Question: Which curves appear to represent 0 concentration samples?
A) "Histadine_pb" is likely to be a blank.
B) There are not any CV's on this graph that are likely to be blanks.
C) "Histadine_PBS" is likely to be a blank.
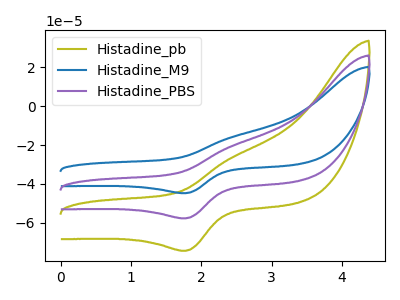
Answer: <think>The olive curve "Histadine_pb" has an anodic peak at (2.45V, -26.45uA) and a cathodic peak at (1.80V, -74.55uA). The blue curve "Histadine_M9" has an anodic peak at (2.45V, -41.00uA) and a cathodic peak at (1.80V, -115.60uA). The purple curve "Histadine_PBS" has an anodic peak at (2.45V, -20.50uA) and a cathodic peak at (1.80V, -57.80uA).</think>
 <answer>B) There are not any CV's on this graph that are likely to be blanks.</answer>
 <eval>B</eval>